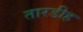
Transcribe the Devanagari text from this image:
तारडीह